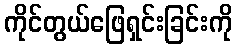
ကိုင်တွယ်ဖြေရှင်းခြင်းကို